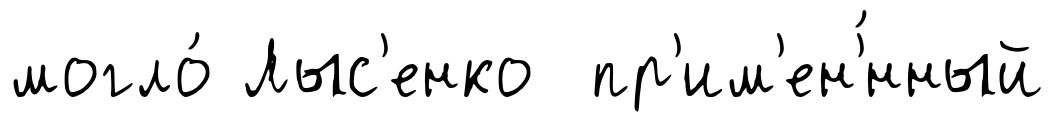
могло́ Лыс'енко пр'им'ен'́нный